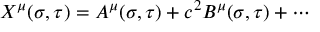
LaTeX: X ^ { \mu } ( { \sigma } , { \tau } ) = A ^ { \mu } ( { \sigma } , { \tau } ) + c ^ { 2 } B ^ { \mu } ( { \sigma } , { \tau } ) + \cdots